Leaving Certificate Examination (including Day School Certificate (Higher) General paper), 1939
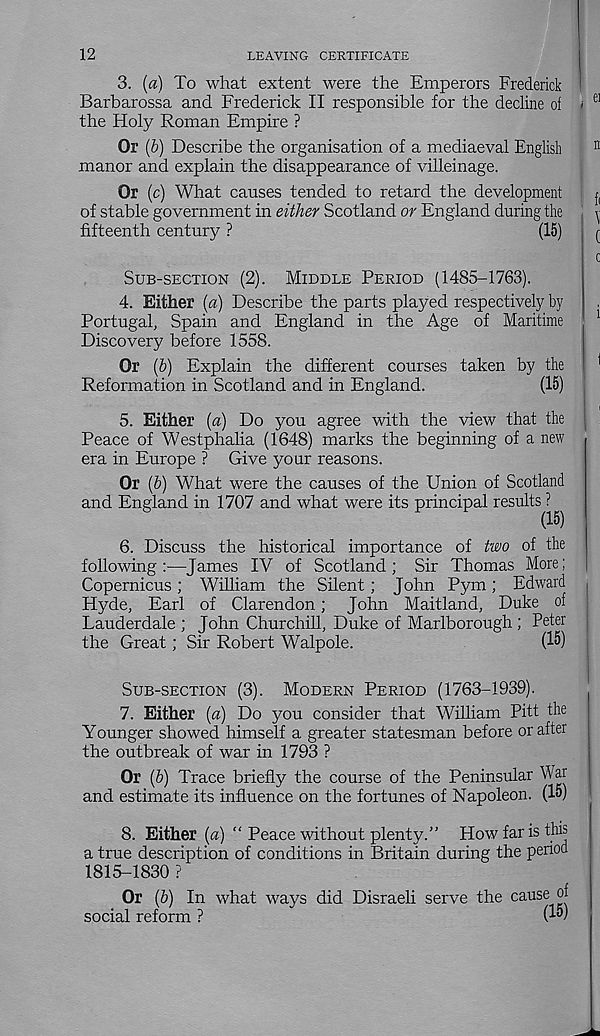
12
LEAVING CERTIFICATE
3. (a) To what extent were the Emperors Frederick
Barbarossa and Frederick II responsible for the decline oi
the Holy Roman Empire ?
Or (b) Describe the organisation of a mediaeval English
manor and explain the disappearance of villeinage.
Or (c) What causes tended to retard the development
of stable government in either Scotland or England during the
fifteenth century ?
(15)
SUB-SECTION (2). MIDDLE PERIOD (1485-1763).
4. Either (a) Describe the parts played respectively by
Portugal, Spain and England in the Age of Maritime
Discovery before 1558.
Or (b) Explain the different courses taken by the
Reformation in Scotland and in England.
(15)
5. Either (a) Do you agree with the view that the
Peace of Westphalia (1648) marks the beginning of a new
era in Europe ? Give your reasons.
Or (b) What were the causes of the Union of Scotland
and England in 1707 and what were its principal results^
6. Discuss the historical importance of two of the
following:-—James IV of Scotland; Sir Thomas More;
Copernicus ; William the Silent ; John Pym; Edward
Hyde, Earl of Clarendon; John Maitland, Duke of
Lauderdale ; John Churchill, Duke of Marlborough ; Peter
the Great; Sir Robert Walpole.
(15)
SUB-SECTION (3). MODERN PERIOD (1763-1939).
7. Either (a) Do you consider that William Pitt the
Younger showed himself a greater statesman before or after
the outbreak of war in 1793 ?
Or (6) Trace briefly the course of the Peninsular War
and estimate its influence on the fortunes of Napoleon. (15)
8. Either (a) “ Peace without plenty.” How far is this
a true description of conditions in Britain during the period
1815-1830 ?
_ Or [b) In what ways did Disraeli serve the cause of
social reform ?
(15)